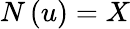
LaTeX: N\left(u\right)=X